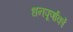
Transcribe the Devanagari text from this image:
धनपूर्णांकों